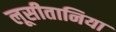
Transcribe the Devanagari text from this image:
लूसीतानिया